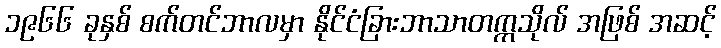
၁၉၆၆ ခုနှစ် စက်တင်ဘာလမှာ နိုင်ငံခြားဘာသာတက္ကသိုလ် အဖြစ် အဆင့်